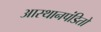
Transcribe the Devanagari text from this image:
आस्थानपंडितों